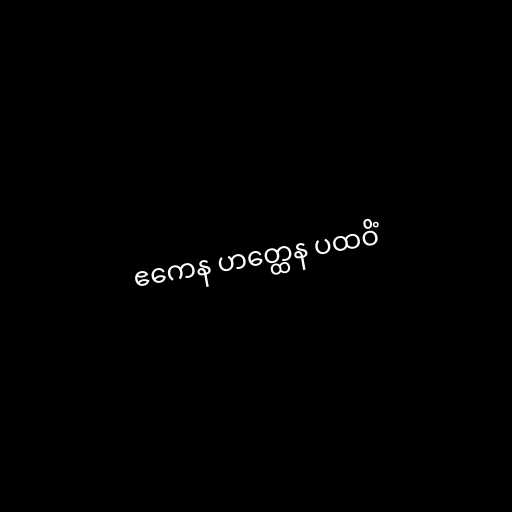
ဧကေန ဟတ္ထေန ပထဝိံ